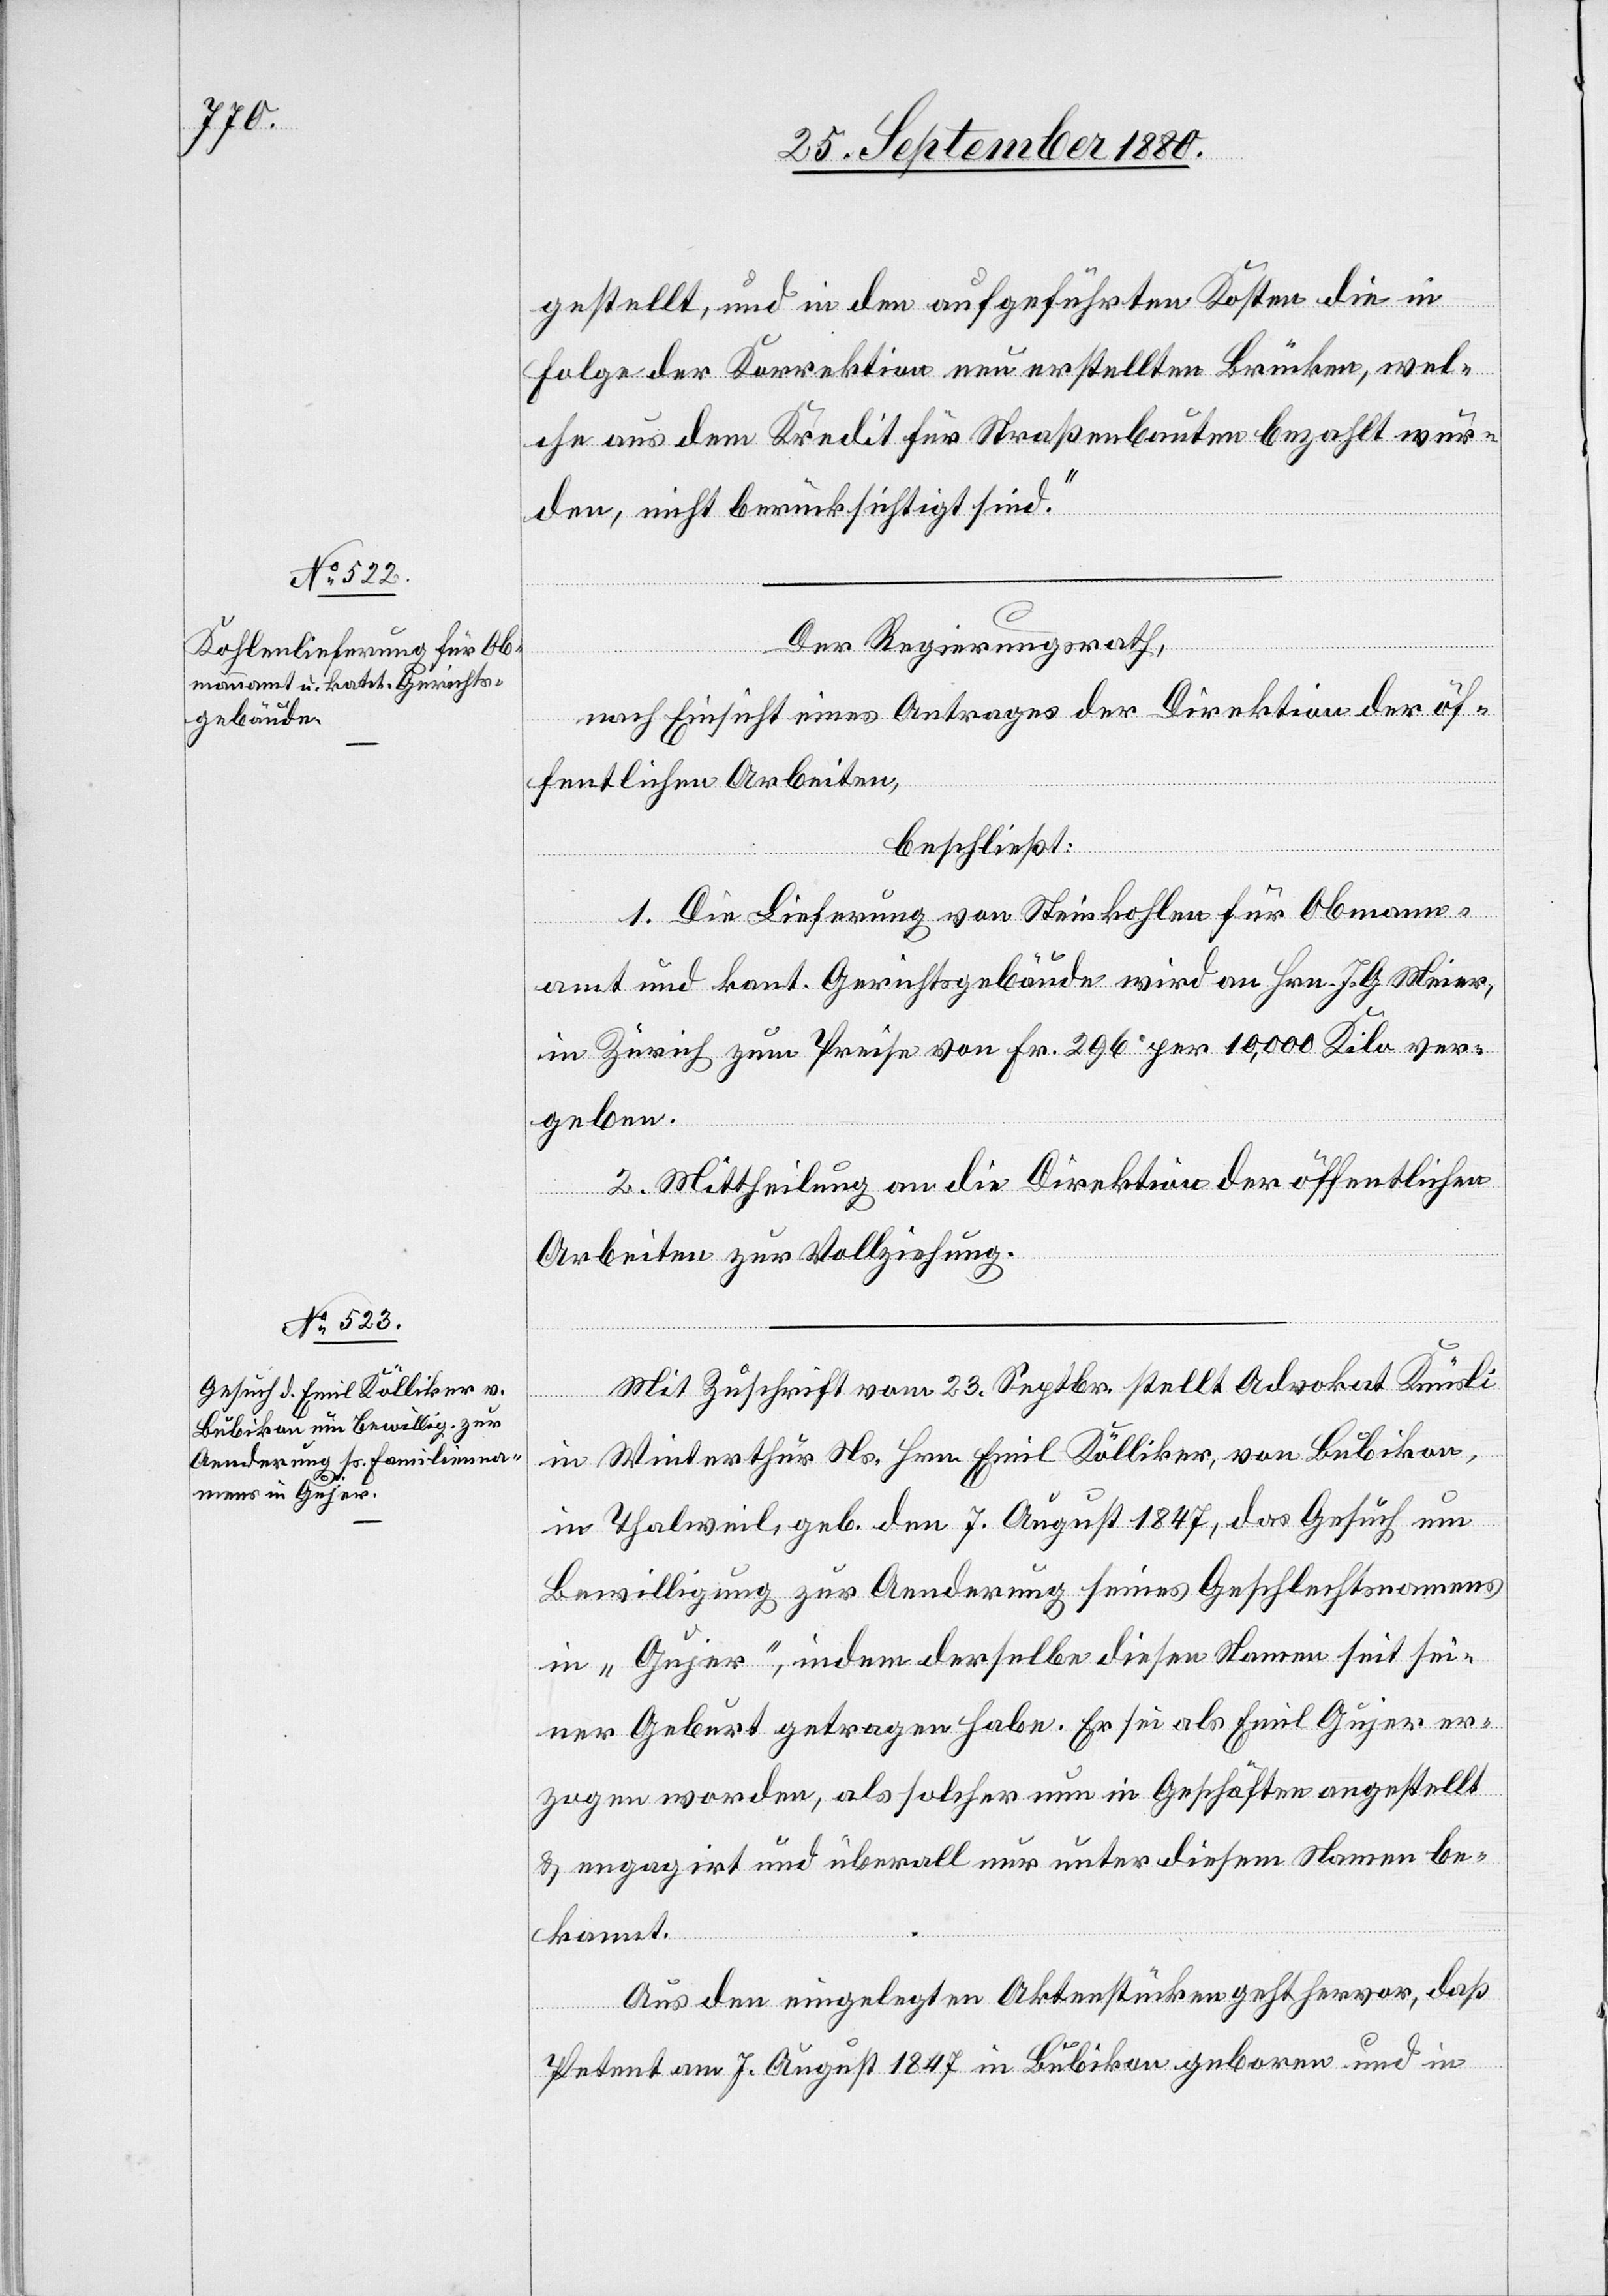
gestellt, und in den angeführten Kosten die in
folgender Korrektion neu erstellten Brücken, wel¬
che aus dem Kredit für Straßenbauten bezahlt wur¬
den, nicht berücksichtigt sind.“
Der Regierungsrath,
nach Einsicht eines Antrages der Direktion der öf¬
fentlichen Arbeiten,
beschließt:
1. Die Lieferung von Steinskohlen für Obmann¬
amt und kant. Gerichtsgebäude wird an Hrn. J. G. Meier,
in Zürich zum Preise von Fr. 296 per 10,000 Kilo ver¬
geben.
2. Mittheilung an die Direktion der öffentlichen
Arbeiten zur Vollziehung.
Mit Zuschrift vom 23. Septbr. stellt Advokat Knüsli
in Winterthur Ns. Hrn. Emil Kölliker, von Bubikon,
in Thalweil, geb. den 7. August 1847, das Gesuch um
Bewilligung zur Aenderung seines Geschlechtsnamens
in „Gujer“, indem derselbe diesen Namen seit sei¬
ner Geburt getragen habe. Er sei als Emil Gujer er¬
zogen worden, als solcher nun in Geschäften angestellt
& engagirt und überall nur unter diesem Namen be¬
kannt.
Aus den eingelegten Aktenstücken geht hervor, daß
Petent am 7. August 1847 in Bubikon geboren und in